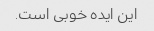
این ایده خوبی است.